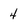
Character: 4